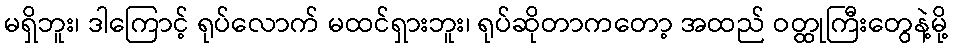
မရှိဘူး၊ ဒါကြောင့် ရုပ်လောက် မထင်ရှားဘူး၊ ရုပ်ဆိုတာကတော့ အထည် ဝတ္ထုကြီးတွေနဲ့မို့